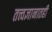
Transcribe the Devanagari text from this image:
तत्त्वज्ञानातही